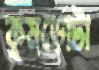
কুমড়োটা